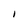
Character: l